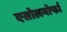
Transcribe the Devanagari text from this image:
एसोलमोर्फा